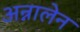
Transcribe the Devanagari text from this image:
अन्नालेन